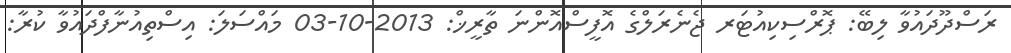
ރަސްދޫދައުވާ ލިބޭ: ޕޮރްސިކިއުޓަރ ޖެނެރަލްގެ އޮފީސްއޮންނަ ތާރީޚް: 2013-10-03 މައްސަލަ: އިސްތިއުނާފްދައުވާ ކުރާ: